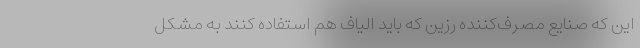
این که صنایع مصرف‌کننده رزین که باید الیاف هم استفاده کنند به مشکل